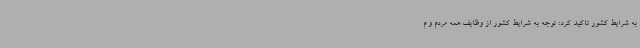
به شرایط کشور تاکید کرد: توجه به شرایط کشور از وظایف همه مردم و م